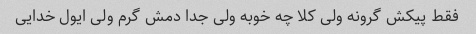
فقط پیکش گرونه ولی کلا چه خوبه ولی جدا دمش گرم ولی ایول خدایی